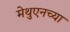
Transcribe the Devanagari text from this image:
मेथुएनच्या